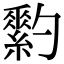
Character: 𦆗